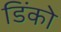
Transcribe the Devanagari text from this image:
डिंको